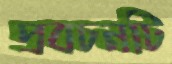
প্রবচনটি